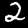
Digit: 2